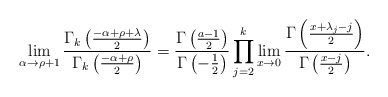
\begin{align*} \lim_{\alpha \to \rho+1} \frac{ \Gamma_k\left(\frac{-\alpha+\rho+\lambda}{2}\right)}{\Gamma_k\left(\frac{-\alpha+\rho}{2}\right)} & = \frac{\Gamma\left(\frac{a-1}{2}\right)}{\Gamma\left(-\frac12\right)}\prod_{j=2}^k \lim_{x \to 0}\frac{\Gamma\left(\frac{x+\lambda_j-j}{2}\right)}{\Gamma\left(\frac{x-j}{2}\right)}.\end{align*}